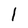
Character: l